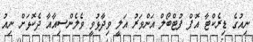
ނިއުގެ ޑިރެކްޓާ އޮފް ފުޓްބޯލް އަންވަރު އަލީ ވިދާޅުވީ ވެލެންސިއާއާ ދެކޮޅަށް ނިއު